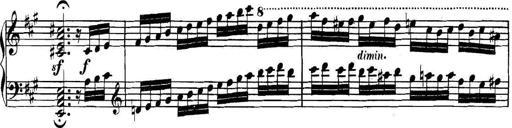
Title: Collected Piano Sonatas
Composer: Muzio Clementi